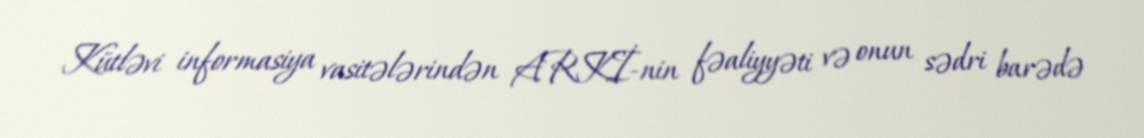
Kütləvi informasiya vasitələrindən ARKİ-nin fəaliyyəti və onun sədri barədə